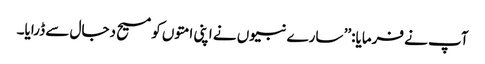
آپ نے فرمایا:’’ سارے نبیوں نے اپنی امتوں کو مسیح دجال سے ڈرایا۔